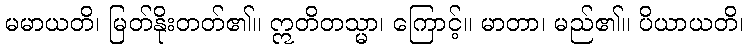
မမာယတိ၊ မြတ်နိုးတတ်၏။ ဣတိတသ္မာ၊ ကြောင့်။ မာတာ၊ မည်၏။ ပိယာယတိ၊